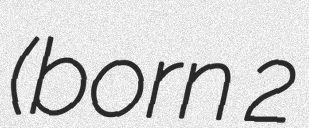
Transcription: (born 2